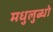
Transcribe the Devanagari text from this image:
मधुलुब्धो